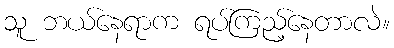
သူ ဘယ်နေရာက ရပ်ကြည့်နေတာလဲ။